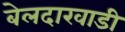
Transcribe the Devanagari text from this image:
बेलदारवाडी